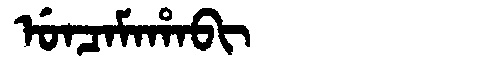
Manchu: ᡠᠨᠴᠠᠮᠠᡥᠠᠪᡳ
Romanization: UNCAMAHABI